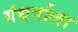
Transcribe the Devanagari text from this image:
गंधर्वाला